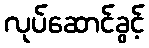
လုပ်ဆောင်ခွင့်